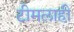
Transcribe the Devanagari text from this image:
टीमलाही